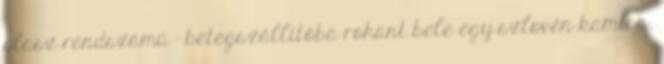
olasz rendszámú - betegszállítóba rohant bele egy szlovén kamion.